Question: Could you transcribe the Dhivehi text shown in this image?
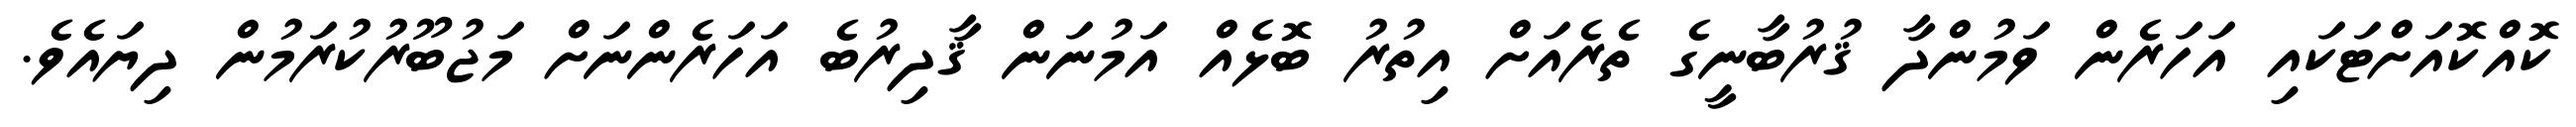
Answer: ކޮއްކޮއަށްޓަކައި އަހަރެން ވަމުންދާ ޤުރުބާނީގެ ތެރެއަށް އިތުރު ބޮޅެއް އަމުނަން ޤާދިރުބެ އަހަރެންނަށް މަޖުބޫރުކުރަމުން ދިޔައެވެ.